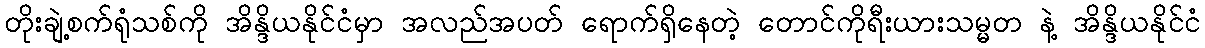
တိုးချဲ့စက်ရုံသစ်ကို အိန္ဒိယနိုင်ငံမှာ အလည်အပတ် ရောက်ရှိနေတဲ့ တောင်ကိုရီးယားသမ္မတ နဲ့ အိန္ဒိယနိုင်ငံ